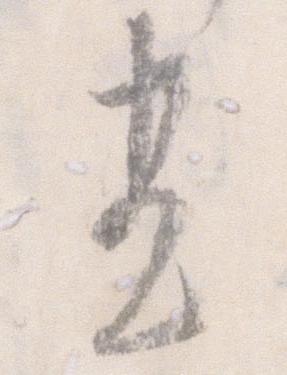
尽